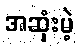
အဆုံးမဲ့